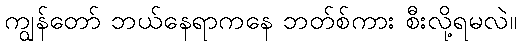
ကျွန်တော် ဘယ်နေရာကနေ ဘတ်စ်ကား စီးလို့ရမလဲ။